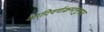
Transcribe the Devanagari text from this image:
आदिवर्णक्रमानुसार